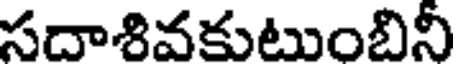
సదాశివకుటుంబినీ